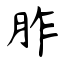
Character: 胙